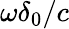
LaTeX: \omega\delta_{0}/c